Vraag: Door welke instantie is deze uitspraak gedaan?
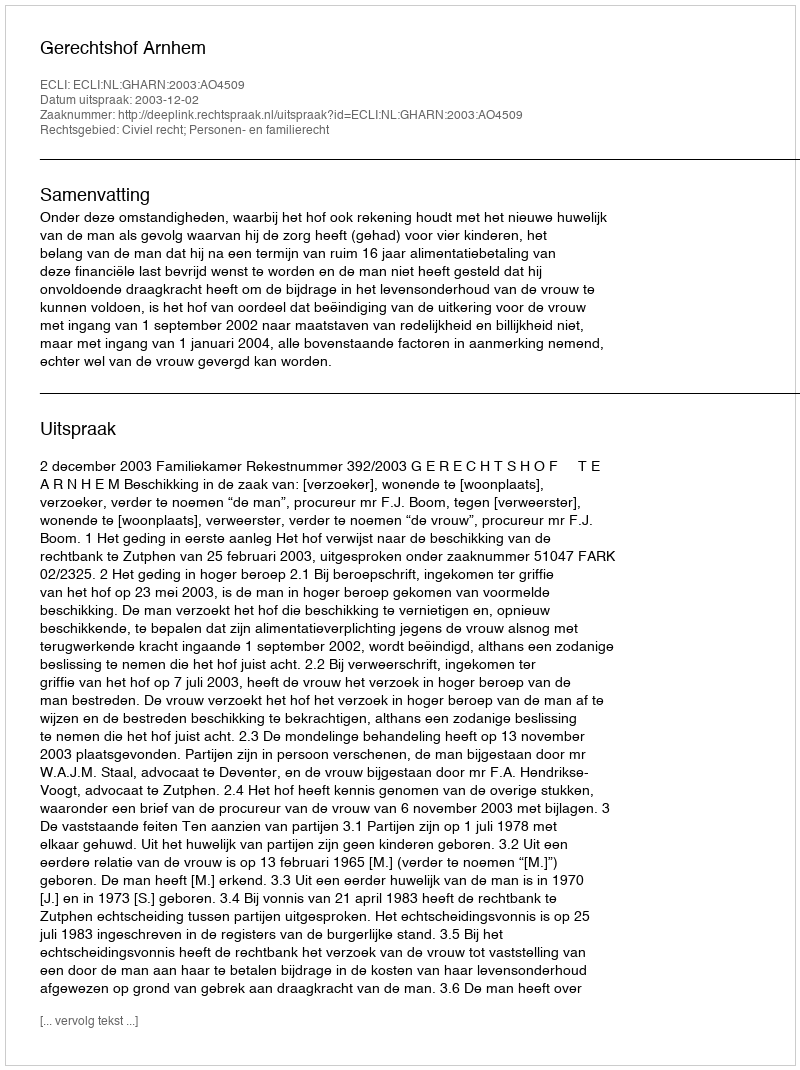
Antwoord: Gerechtshof Arnhem